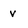
Character: v